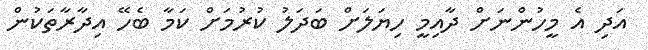
އަދި އެ މީހުންނަށް ދާއިމީ ހިޔަލަށް ބަދަލު ކުރުމަށް ކަމާ ބެހޭ އިދާރާތަކުން